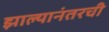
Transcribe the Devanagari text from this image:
झाल्यानंतरची